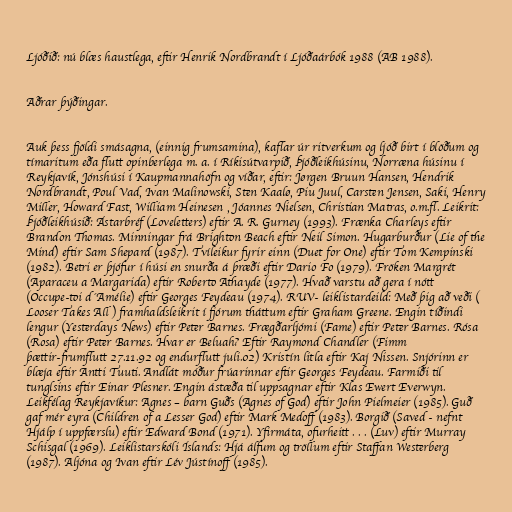
Ljóðið: nú blæs haustlega, eftir Henrik Nordbrandt í Ljóðaárbók 1988 (AB 1988).

Aðrar þýðingar.

Auk þess fjöldi smásagna, (einnig frumsamina), kaflar úr ritverkum og ljóð birt í blöðum og
tímaritum eða flutt opinberlega m. a. í Ríkisútvarpið, Þjóðleikhúsinu, Norræna húsinu í
Reykjavík, Jónshúsi í Kaupmannahöfn og víðar, eftir: Jørgen Bruun Hansen, Hendrik
Nordbrandt, Poul Vad, Ivan Malinowski, Sten Kaalø, Piu Juul, Carsten Jensen, Saki, Henry
Miller, Howard Fast, William Heinesen , Jóannes Nielsen, Christian Matras, o.m.fl. Leikrit:
Þjóðleikhúsið: Ástarbréf (Loveletters) eftir A. R. Gurney (1993). Frænka Charleys eftir
Brandon Thomas. Minningar frá Brighton Beach eftir Neil Simon. Hugarburður (Lie of the
Mind) eftir Sam Shepard (1987). Tvíleikur fyrir einn (Duet for One) eftir Tom Kempinski
(1982). Betri er þjófur í húsi en snurða á þræði eftir Dario Fo (1979). Fröken Margrét
(Aparaceu a Margarida) eftir Roberto Athayde (1977). Hvað varstu að gera í nótt
(Occupe-toi d´Amélie) eftir Georges Feydeau (1974). RUV- leiklistardeild: Með þig að veði (
Looser Takes All ) framhaldsleikrit í fjórum tháttum eftir Graham Greene. Engin tíðindi
lengur (Yesterdays News) eftir Peter Barnes. Frægðarljómi (Fame) eftir Peter Barnes. Rósa
(Rosa) eftir Peter Barnes. Hvar er Beluah? Eftir Raymond Chandler (Fimm
þættir-frumflutt 27.11.92 og endurflutt juli.02) Kristín litla eftir Kaj Nissen. Snjórinn er
blæja eftir Antti Tuuti. Andlát móður frúarinnar eftir Georges Feydeau. Farmiði til
tunglsins eftir Einar Plesner. Engin ástæða til uppsagnar eftir Klas Ewert Everwyn.
Leikfélag Reykjavíkur: Agnes – barn Guðs (Agnes of God) eftir John Pielmeier (1985). Guð
gaf mér eyra (Children of a Lesser God) eftir Mark Medoff (1983). Borgið (Saved - nefnt
Hjálp í uppfærslu) eftir Edward Bond (1971). Yfirmáta, ofurheitt . . . (Luv) eftir Murray
Schisgal (1969). Leiklistarskóli Íslands: Hjá álfum og tröllum eftir Staffan Westerberg
(1987). Aljóna og Ivan eftir Lév Jústínoff (1985).